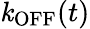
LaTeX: \mathit{k}_{\mathrm{{OFF}}}(t)